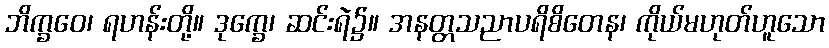
ဘိက္ခဝေ၊ ရဟန်းတို့။ ဒုက္ခေ၊ ဆင်းရဲ၌။ အနတ္တသညာပရိစိတေန၊ ကိုယ်မဟုတ်ဟူသော